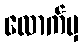
လောက်မှ